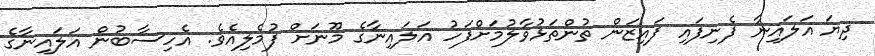
ދިޔަ އަލައިނާ ފެނިފައި ފައިޒަން ތުންތަޅުވާލުމަށްފަހު އަލައިނާގެ މޫނަށް ފުމެލިއެވެ. އެހިސާބުން އަލައިނާގެ